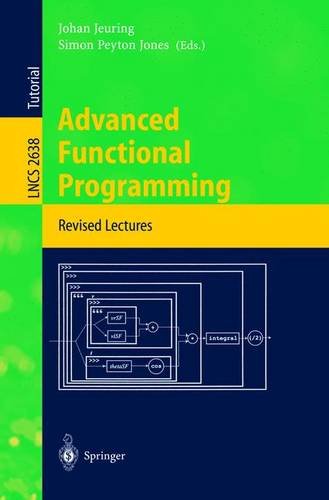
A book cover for Advanced Functional Programming: 4th International School, AFP 2002, Oxford, UK, August 19-24, 2002, Revised Lectures (Lecture Notes in Computer Science); Computers & Technology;